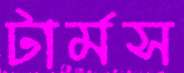
টার্মস